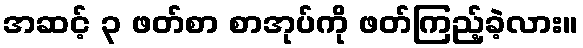
အဆင့် ၃ ဖတ်စာ စာအုပ်ကို ဖတ်ကြည့်ခဲ့လား။